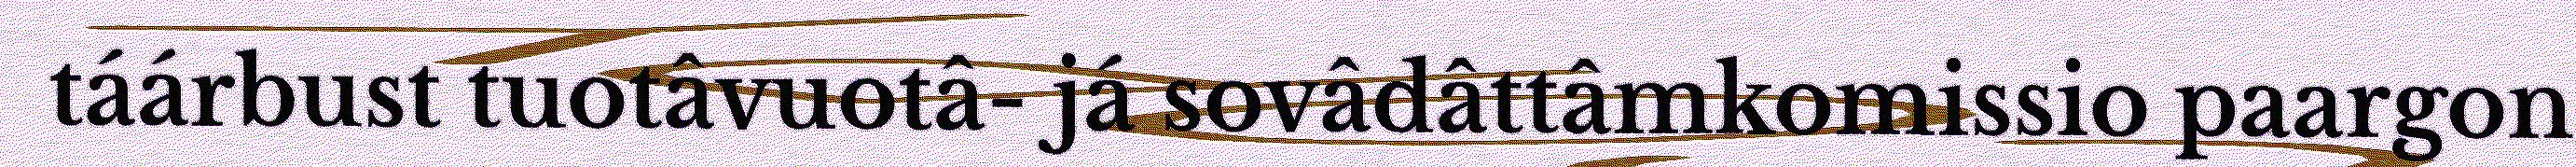
táárbust tuotâvuotâ- já sovâdâttâmkomissio paargon